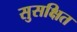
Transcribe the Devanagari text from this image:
सुसक्षित